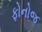
ફોનોજ